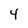
Character: 4